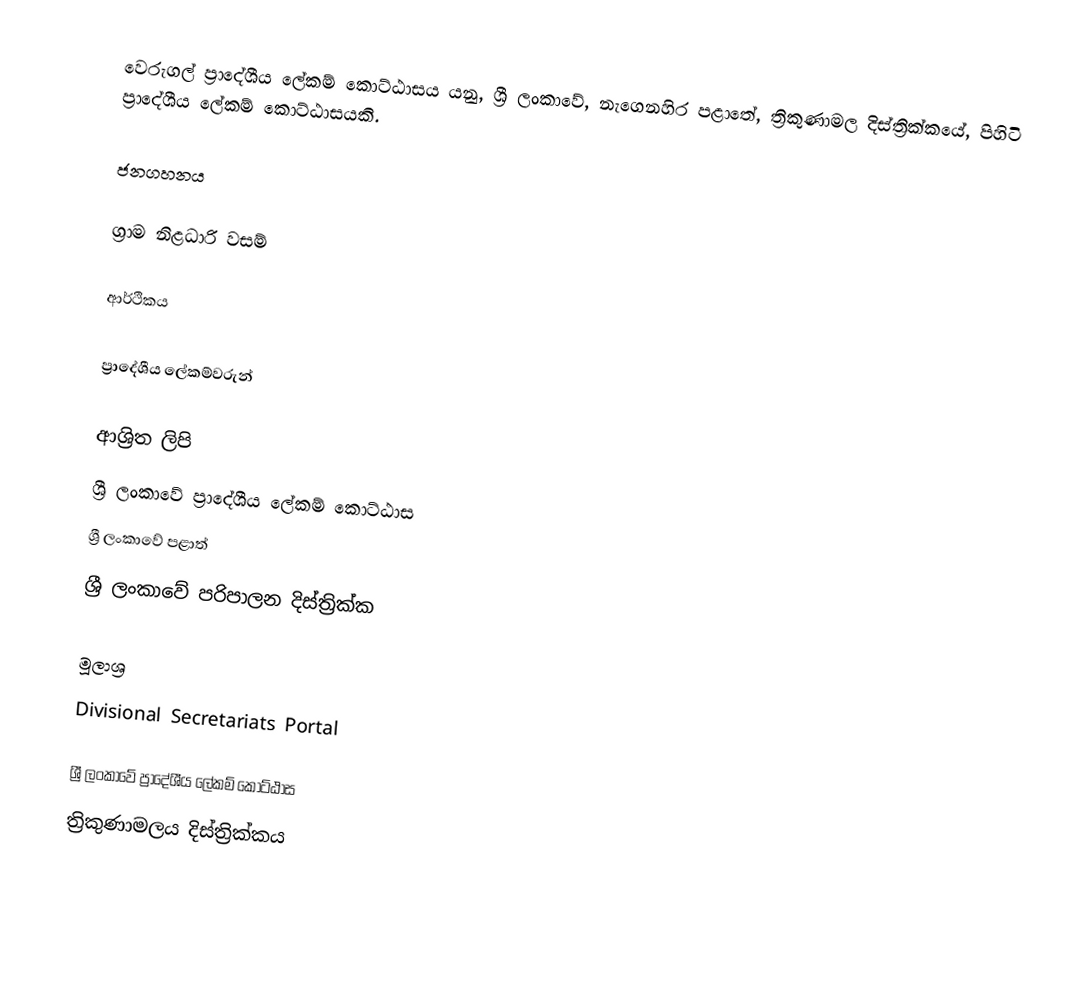
වෙරුගල් ප්‍රාදේශීය ලේකම් කොට්ඨාසය යනු,  ශ්‍රී ලංකාවේ, නැගෙනහිර පළාතේ,   ත්‍රිකුණාමල දිස්ත්‍රික්කයේ, පිහිටි ප්‍රාදේශීය ලේකම් කොට්ඨාසයකි.

ජනගහනය

ග්‍රාම නිළධාරි වසම්

ආර්ථිකය

ප්‍රාදේශීය ලේකම්වරුන්

ආශ්‍රිත ලිපි
ශ්‍රී ලංකාවේ ප්‍රාදේශීය ලේකම් කොට්ඨාස
ශ්‍රී ලංකාවේ පළාත්
ශ්‍රී ලංකාවේ පරිපාලන දිස්ත්‍රික්ක

මූලාශ්‍ර
 Divisional Secretariats Portal

ශ්‍රී ලංකාවේ ප්‍රාදේශීය ලේකම් කොට්ඨාස
ත්‍රිකුණාමලය දිස්ත්‍රික්කය